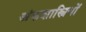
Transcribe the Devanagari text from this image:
अंकशास्त्रियों